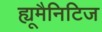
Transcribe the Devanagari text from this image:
ह्यूमैनिटिज